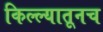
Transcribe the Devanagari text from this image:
किल्ल्यातूनच